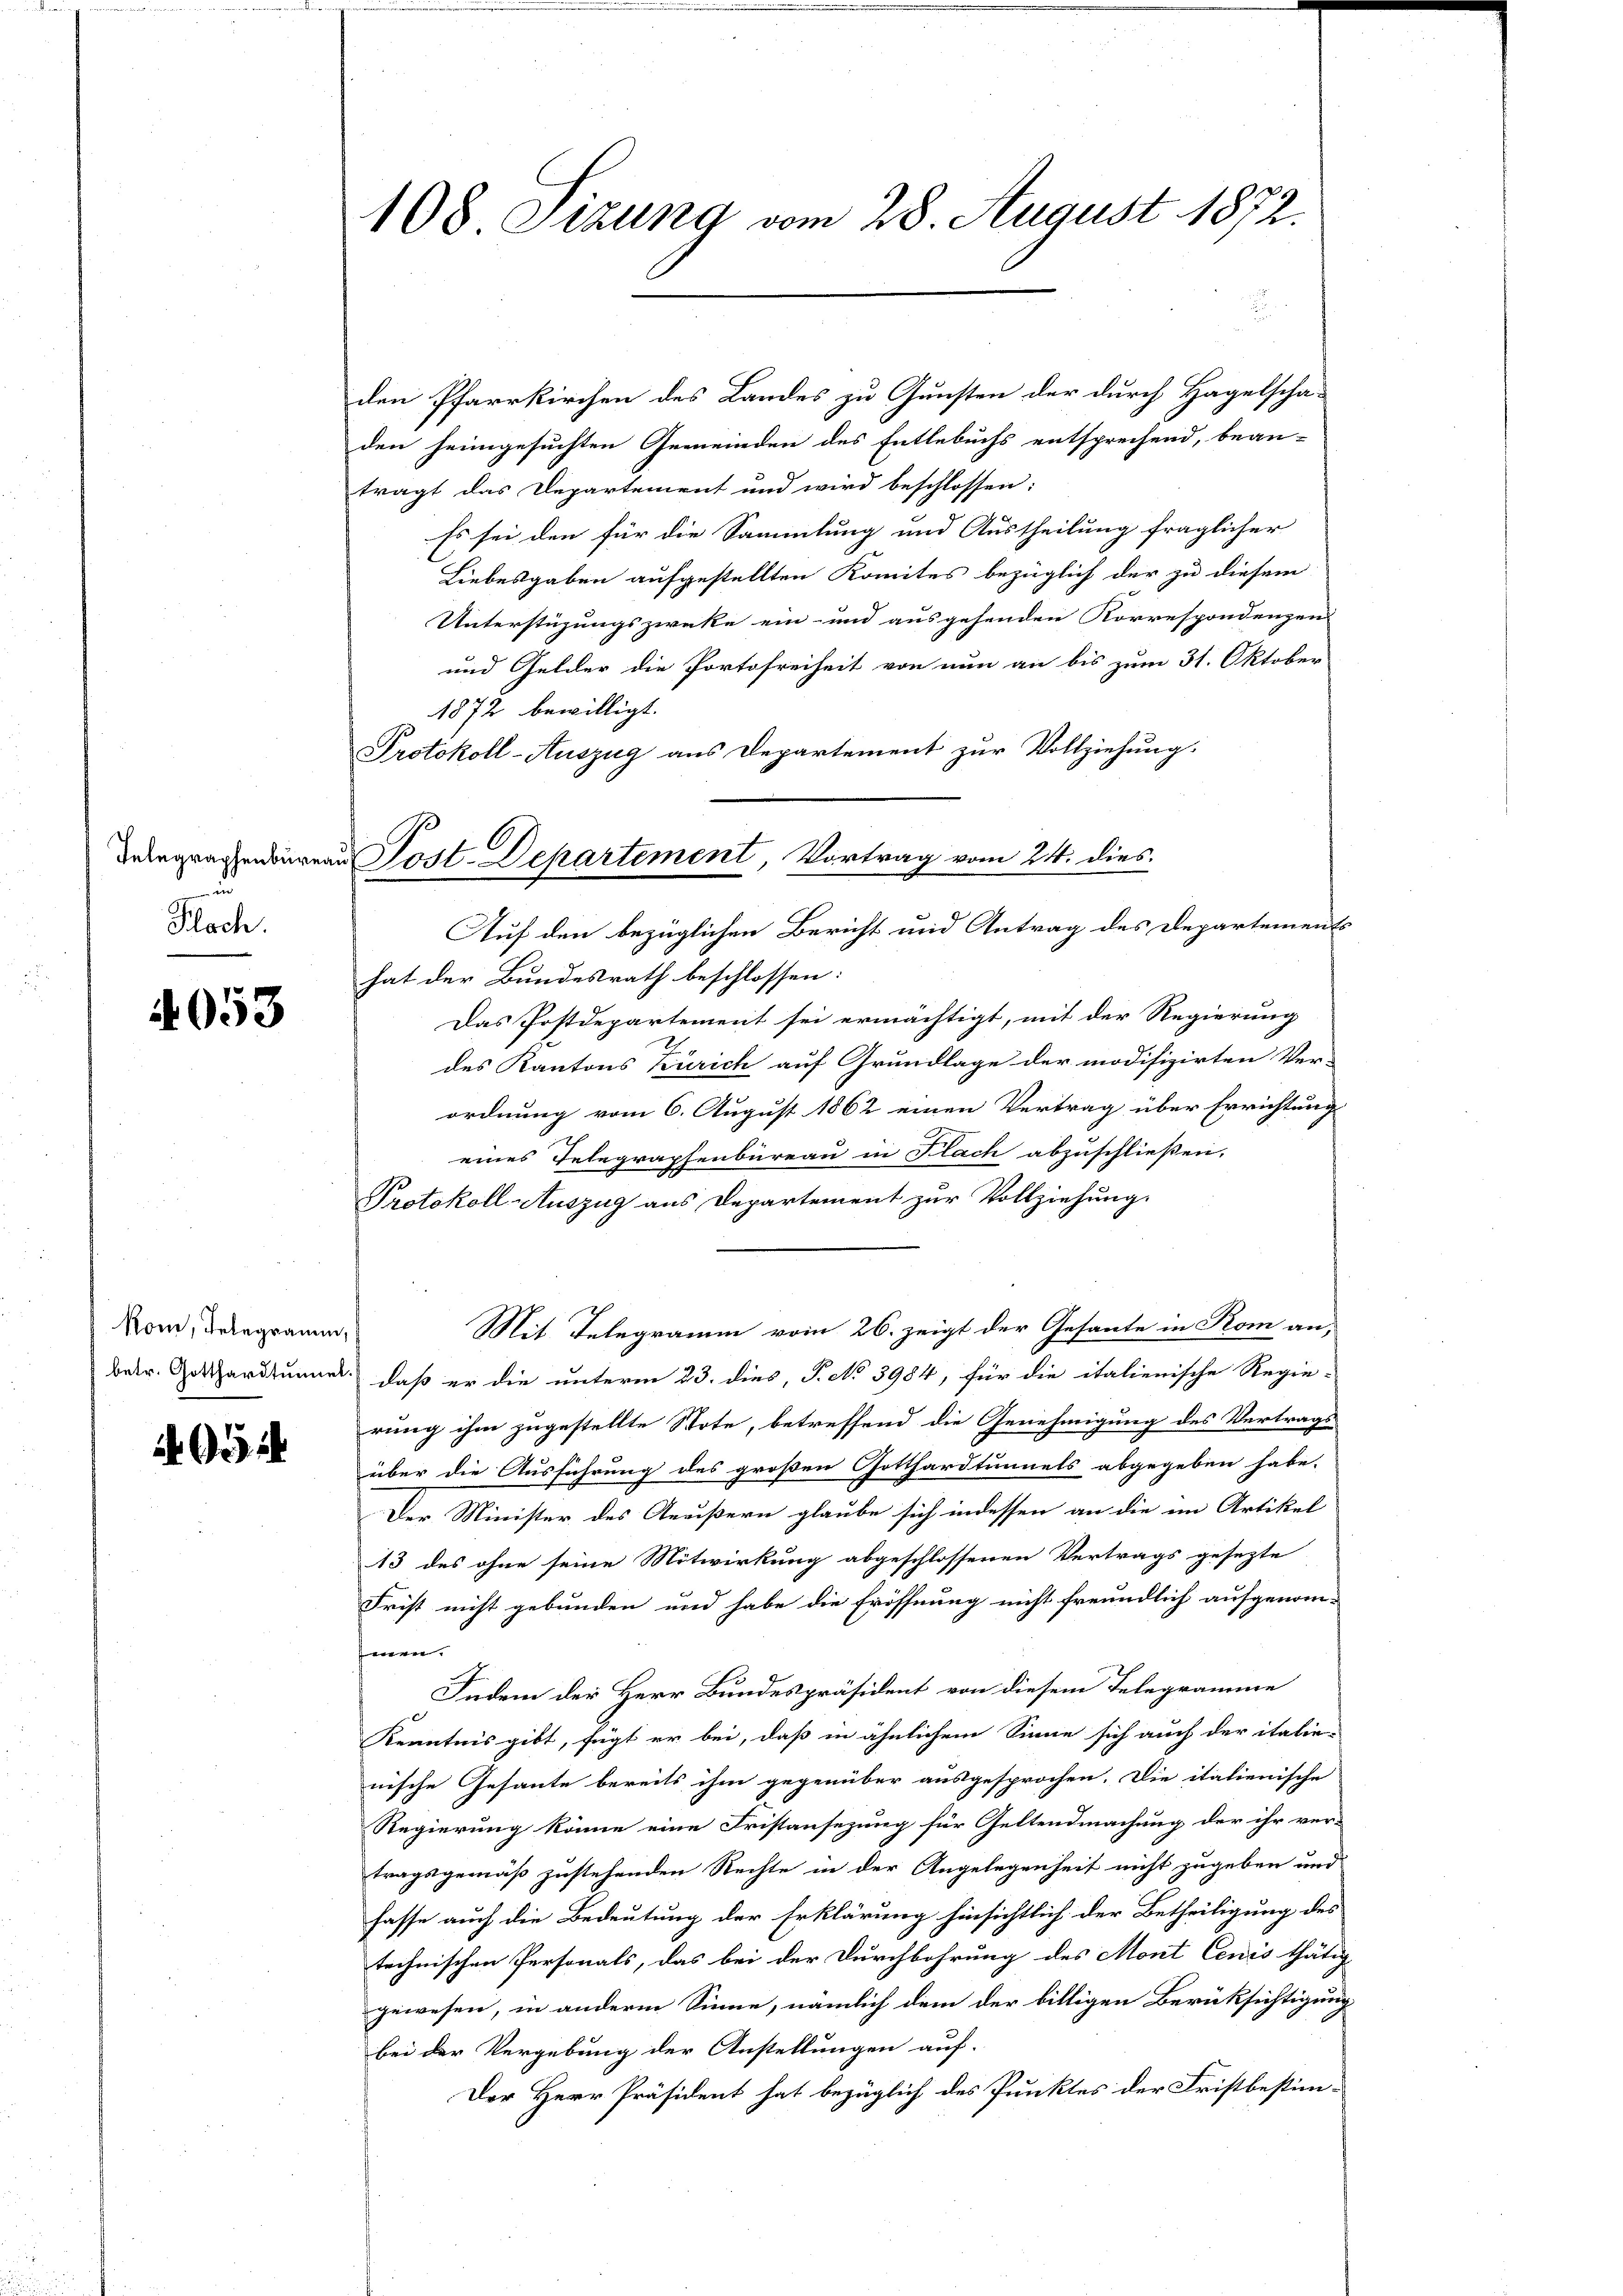
n wir
Hach.

4053

kom, Telegramm,

495

.
den Pfarrkirchen des Landes zu Gunsten der durch Hagelscha-
den heimgesuchten Gemeinden des Entlebuchs entsprechend, bean-
trägt das Departement und wird beschlossen:
Es sei den für die Sammlung und Austheilung fraglicher
Liebesgaben aufgestellten Komites bezüglich der zu diesem
Unterstüzungszwecke ein- und ausgehenden Korrespondenzen
und Gelder die Portofreiheit von nun an bis zum 31. Oktober
1872 bewilligt.
Protokoll-Auszug aus Departement zur Vollziehung.
Auf den bezüglichen Bericht und Antrag des Departements
hat der Bundesrath beschlossen:
Das Postdepartement sei ermächtigt, mit der Regierung
des Kantons Zürich auf Grundlage der modifizirten Ver-
ordnung vom 6. August 1862 einen Vertrag über Errichtung
eines Telegraphenbureau in Flach abzuschließen.
Protokoll Auszug aus Departement zur Vollziehung.
Mit Telegramm vom 26. zeigt der Gesante in Kom an,
betr. Gotthardtunner, daß er die unterm 23. dies, P. No 3984, für die italienische Regie-
rung ihm zugestellte Stote, betreffend die Genehmigung des Vertrags-
über die Ausführung des großen Gotthardtunnels abgegeben habe.
Der Minister des Aeußern glaube sich indessen an die im Artikel
13 des ohne seine Mitwirkung abgeschlossenen Vertrags gesezte
Frist nicht gebunden und habe die Eröffnung nicht freundlich aufgenom-
fenen.
Indem der Herr Bundespräsident von diesem Telegramme
Kenntnis gibt, fügt er bei, daß in ähnlichem Sinne sich auch der italie-
nische Gesante bereits ihm gegenüber ausgesprochen. Die italienische
Regierung könne eine Fristansezung für Geltendmachung der ihr ver-
tragsgemäß zustehenden Rechte in der Angelegenheit nicht zugeben und
fasse auch die Bedeutung der Erklärung hinsichtlich der Betheiligung des
technischen Personals, das bei der Durchbohrung des Mont Cenis thätig
gewesen, in anderm Sinne, nämlich dem der billigen Berüksichtigung
bei der Vergebung der Anstellungen auf.
Der Herr Präsident hat bezüglich des Punktes der Fristbestim¬

108 Sizung vom 28. August 1872.

Inbegraphenbureau Post-Departement, Vortrag vom 24. dies